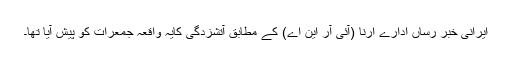
ایرانی خبر رساں ادارے ارنا (آئی آر این اے) کے مطابق آتشزدگی کایہ واقعہ جمعرات کو پیش آیا تھا۔